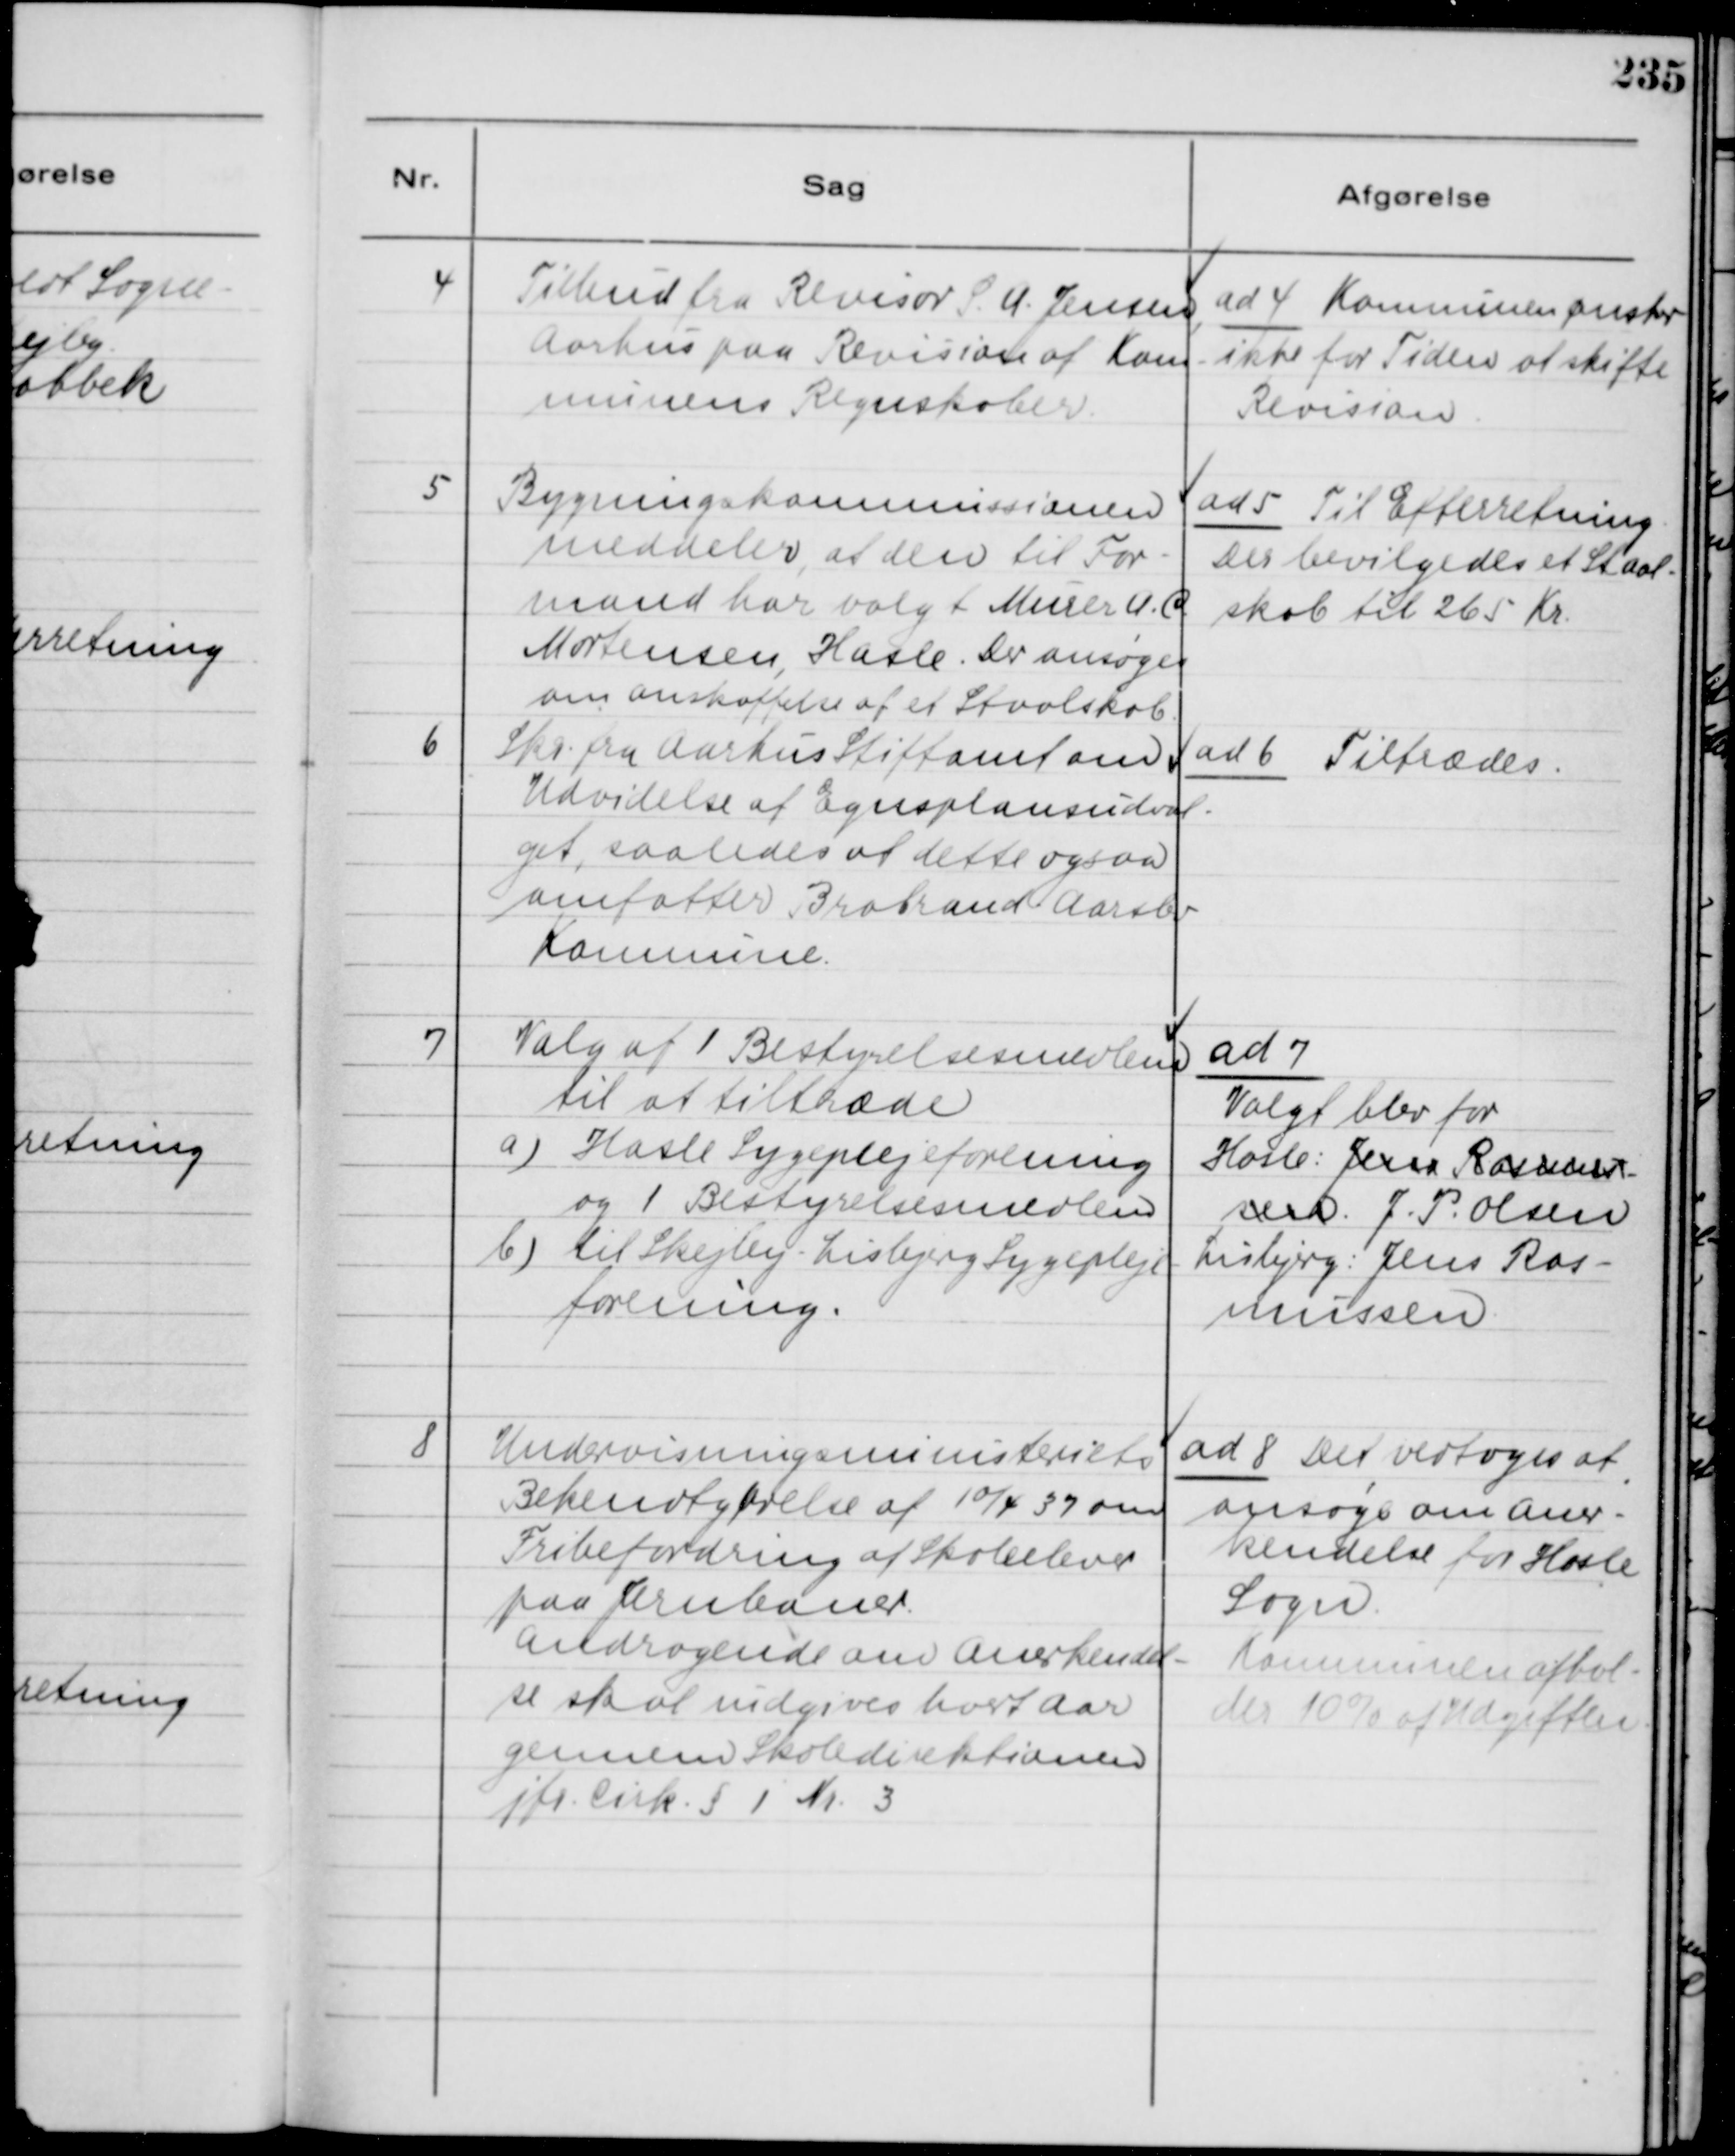
Transskription:
4
Tilbud fra Revisor S. A. Jensen,
Aarhus paa Revision af Kom-
munens Regnskaber.

ad 4 Kommunen ønsker
ikke for Tiden at skifte
Revision.

5
Bygningskommissionen
meddeler, at den til For-
mand har valgt Murer A. C.
Mortensen, Hasle. Der ansøger
om anskaffelse af et Staalskab.

ad 5 Til Efterretning.
Der bevilgedes et Staal-
skab til 265 Kr.

6
Skr. fra Aarhus Stiftamt om
Udvidelse af Egnsplansudval-
get, saaledes at dette ogsaa
omfatter Brabrand - Aarslev
Komune.

ad 6 Tiltrædes.

7
Valg af 1 Bestyrelsesmedlem
til at tiltræde
a) Hasle Sygeplejeforening
og 1 Bestyrelsesmedlem
b) til Skesby - Lisbjerg Sygepleje-
forening.

ad 7
Valgt blev for
Hasle: Jens Rasmus-
sen. J. P. Olsen
Lisbjerg: Jens Ras-
mussen.

8
Undervisningsministeriets
Bekendtgørelse af 10/4 37 om
Fribefordring af Skoleelever
paa Jernbaner.
Andragende om Anerkendel-
se skal indgives hvert Aar
gennem Skoledirektionen
jfr. Cirk. § 1 Nr. 3

ad 8 Det vedtoges at
ansøge om Aner-
kendelse for Hasle
Sogn.
Kommunen afhol-
der 10% af Udgiften.